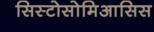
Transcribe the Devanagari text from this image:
सिस्टोसोमिआसिस